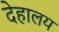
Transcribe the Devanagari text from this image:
देहालय